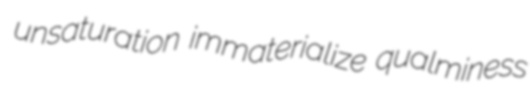
unsaturation immaterialize qualminess